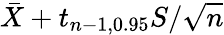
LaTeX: {\bar{X}}+t_{n-1,0.95}S/{\sqrt{n}}